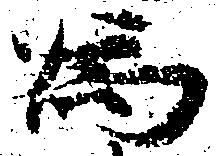
為